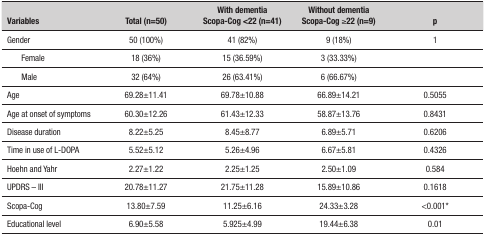
| Variables | Total (n=50) | With dementia Scopa-Cog <22 (n=41) | Without dementia Scopa-Cog ≥22(n=9) | p |
 | --- | --- | --- | --- | --- |
 | Gender | 50 (100%) | 41 (82%) | 9 (18%) | 1 |
 | Female | 18 (36%) | 15 (36.59%) | 3 (33.33%) |  |
 | Male | 32 (64%) | 26 (63.41%) | 6 (66.67%) |  |
 | Age | 69.28±11.41 | 69.78±10.88 | 66.89±14.21 | 0.5055 |
 | Age at onset of symptoms | 60.30±12.26 | 61.43±12.33 | 58.87±13.76 | 0.8431 |
 | Disease duration | 8.22±5.25 | 8.45±8.77 | 6.89±5.71 | 0.6206 |
 | Time in use of L-DOPA | 5.52±5.12 | 5.26±4.96 | 6.67±5.81 | 0.4326 |
 | Hoehn and Yahr | 2.27±1.22 | 2.25±1.25 | 2.50±1.09 | 0.584 |
 | UPDRS - III | 20.78±11.27 | 21.75±11.28 | 15.89±10.86 | 0.1618 |
 | Scopa-Cog | 13.80±7.59 | 11.25±6.16 | 24.33±3.28 | <0.001* |
 | Educational level | 6.90±5.58 | 5.925±4.99 | 19.44±6.38 | 0.01 |